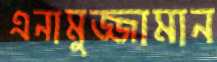
এনামুজ্জামান